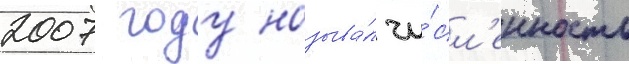
2007 году называ́л чи́сл'енность